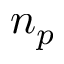
n _ { p }